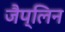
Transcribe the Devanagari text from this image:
जैप्लिन